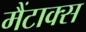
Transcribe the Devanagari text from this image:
मैंटाक्स